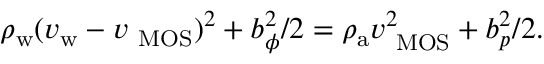
\rho _ { \mathrm { w } } ( v _ { \mathrm { w } } - v _ { \mathrm { \ M O S { } } } ) ^ { 2 } + b _ { \phi } ^ { 2 } / 2 = \rho _ { \mathrm { a } } v _ { \mathrm { \ M O S { } } } ^ { 2 } + b _ { p } ^ { 2 } / 2 .